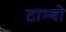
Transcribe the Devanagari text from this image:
टाम्बो